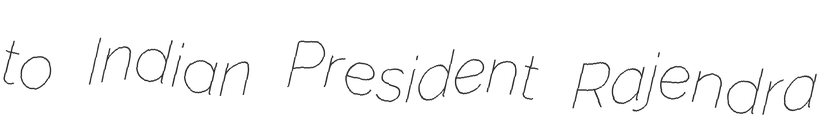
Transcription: to Indian President Rajendra